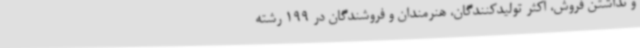
و نداشتن فروش، اکثر تولیدکنندگان، هنرمندان و فروشندگان در 199 رشته